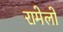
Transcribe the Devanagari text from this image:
रामेलो